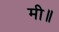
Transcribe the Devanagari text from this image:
मी॥